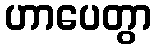
ဟာပေတွာ